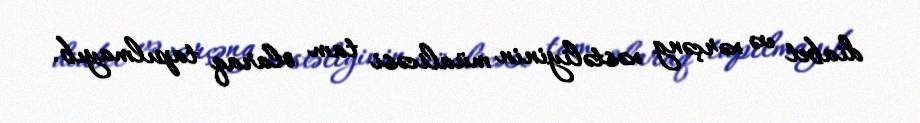
diabet və xərçəng xəstəliyinin müalicəsi tam olaraq tapılmayıb.